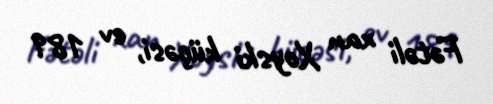
Fətəli xan Xoyski küçəsi, ev 189